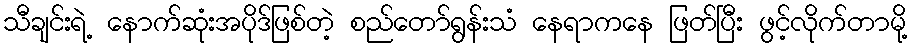
သီချင်းရဲ့ နောက်ဆုံးအပိုဒ်ဖြစ်တဲ့ စည်တော်ရွန်းသံ နေရာကနေ ဖြတ်ပြီး ဖွင့်လိုက်တာမို့